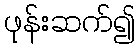
ဖုန်းဆက်၍